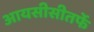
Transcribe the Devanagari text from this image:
आयसीसीतर्फे